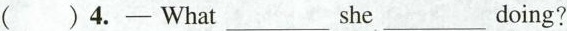
()4.-What ___she ___doing?